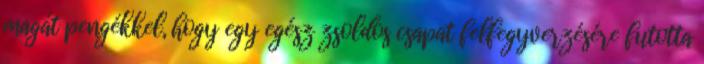
magát pengékkel, hogy egy egész zsoldos csapat felfegyverzésére futotta